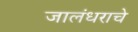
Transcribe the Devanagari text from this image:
जालंधराचे